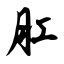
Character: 肛